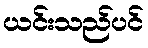
ယင်းသည်ပင်